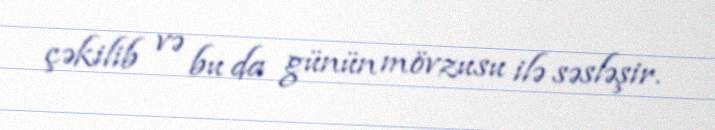
çəkilib və bu da günün mövzusu ilə səsləşir.